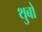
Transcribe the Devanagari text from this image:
थुबो